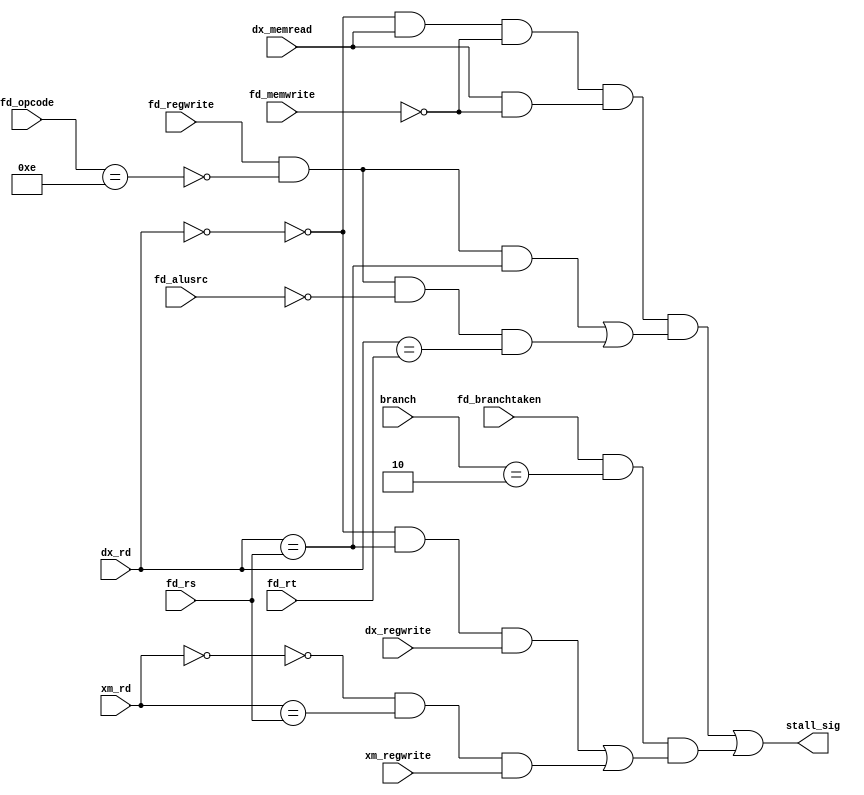
// hazard unit

// it basically flushes but also needs to freeze the pc
// prevent PC reg and IF/ID reg from changing
// if ID/EX.MemRead and ((ID/EX.RegisterRt = IF/ID.RegisterRs) or (ID/EX.RegisterRt = IF/ID.RegisterRt)), then stall

/*
It is highly recommended to make a table that lists (for each instruction) the control signals needed at each pipeline
stage. Also, make a table listing the input signals and output signals for the data and control hazard detection units
(data hazard stalls and control hazard flushes). The data hazard detection unit should be aware of available data
forwarding and register bypassing
*/

// TODO: include stalling for branch rs  (2 stalls), may have to handelled elsewhere

// fd_memwrite (fd_memenable & fd_memwrite), consider case where LW is followed by SW
// dx_memread (dx_memenable & ~dx_memwrite), check that lw occurs
// branchtaken and branch, identify if a branch stall occurs
// dx_regwrite and xm_regwrite, for branch stalls, considers case where dst register isn't written to (SW)
// fd_rs and fd_rt, to check for Raw dependency
// stall_sig, occurs whenever a load_stall or branch_stall occurs



// LW R3 5(R4)
// LW R2 5(R3)

// ADD R2
// ROR R2 R3 2
// fd_rs = R3
// fd_rt = R2

module hazard_unit (
        input fd_memwrite, fd_regwrite, fd_alusrc, fd_branchtaken, dx_memread, dx_regwrite, xm_regwrite,
        input [1:0] branch,
        input [3:0] fd_rs, fd_rt, dx_rd, xm_rd, fd_opcode,
        output stall_sig);

    wire load_stall, branch_stall;

    // Load-stall case (freezes PC, freezes IF/ID register, sends NOP to ID/EX)
    // Stalls until LW gets to MEM stage
    wire dx_zero_reg; // 
    wire rs_used;
    wire rt_used;
    wire rs_dep;
    wire rt_dep;

    assign dx_zero_reg = dx_rd == 4'h0;
    assign rs_used = fd_regwrite & ~(fd_opcode == 4'b1110);
    assign rt_used = rs_used & ~fd_alusrc;

    assign rs_dep = dx_rd == fd_rs;
    assign rt_dep = dx_rd == fd_rt;

    assign load_stall = (~dx_zero_reg & dx_memread & ~fd_memwrite & (dx_memread & ~fd_memwrite) & ((rs_used & rs_dep) | (rt_used & rt_dep)));

    // Branch-stall case (freezes PC, freezes IF/ID register, sends NOP to ID/EX)
    // Stalls until dependency issue is resolved at WB stage
    // Conditions:
    //  is a BR branch (fd_rs)
    //  branch is taken
    //  Either EX or MEM will write to dst register

    wire xm_zero_reg;
    wire br_rs_occur;
    wire dx_branch_stall;
    wire xm_branch_stall;

    assign xm_zero_reg = xm_rd == 4'h0;
    assign br_rs_occur = fd_branchtaken & (branch == 2'b10);
    assign dx_branch_stall = ~dx_zero_reg & (dx_rd == fd_rs) & dx_regwrite;
    assign xm_branch_stall = ~xm_zero_reg & (xm_rd == fd_rs) & xm_regwrite;

    assign branch_stall = (br_rs_occur & (dx_branch_stall | xm_branch_stall));

    assign stall_sig = load_stall | branch_stall;    
    // the ~fd_memread should prevent stalling for mem to mem case, also note that fd suffix refers to wires from the curr run of decode
    // assign flush_sig = branch != 2'b0; // somehow this signal is sent from the control signal to the IF/ID registers
endmodule

// for the branch rs case we require the stall signal to come from the pc